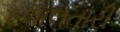
દલાલતારી